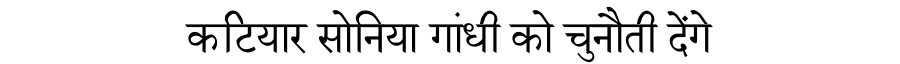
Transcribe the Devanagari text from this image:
कटियार सोनिया गांधी को चुनौती देंगे